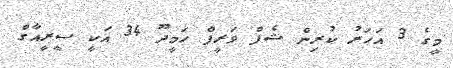
މީގެ 3 އަހަރު ކުރިން ޝެފް ވަރީފް ހަމީދޫ 34 އަކީ ސީރީއާގް